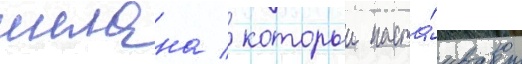
шелана / которыи наста́ивает